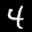
Label: 4